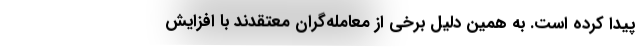
پیدا کرده است. به همین دلیل برخی از معامله‌گران معتقدند با افزایش